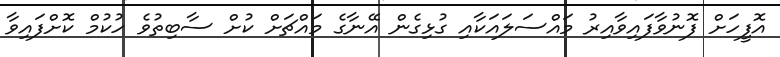
އޮފީހަށް ފޮނުވާފައިވާއިރު މައްސަލައަކާއި ގުޅިގެން އޭނާގެ މައްޗަށް ކުށް ސާބިތުވެ ހުކުމް ކޮށްފައިވާ